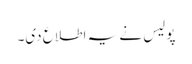
پولیس نے یہ اطلاع دی۔